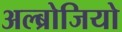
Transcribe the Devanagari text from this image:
अल्ब्रोजियो